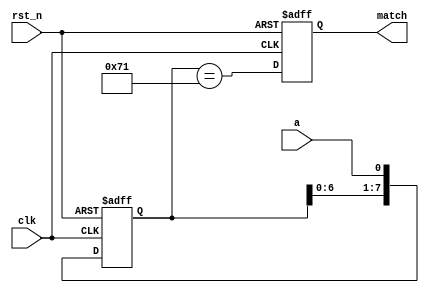
//https://www.nowcoder.com/practice/d65c2204fae944d2a6d9a3b32aa37b39?tpId=302&tqId=5000628&ru=/exam/oj&qru=/ta/verilog-advanced/question-ranking&sourceUrl=%2Fexam%2Foj%3Fpage%3D1%26tab%3DVerilog%25E7%25AF%2587%26topicId%3D353
//a01110001match
`timescale 1ns/1ns
module sequence_detect(
	input clk,
	input rst_n,
	input a,
	output reg match
	);

    reg[7:0] mem;

    always @(posedge clk or negedge rst_n) begin
        if(!rst_n)begin
            mem <= 0;
            match <= 0;
		end
        else begin
            mem <= {mem[6:0],a};
            match <= (mem==8'b01110001);
		end
    end


endmodule